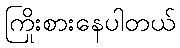
ကြိုးစားနေပါတယ်